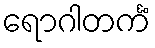
ရောဂါတင်္ကံ